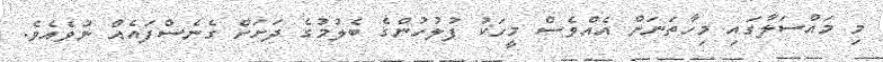
މި މައްސަލާގައި މިހާތަނަށް އެއްވެސް މީހަކު ފުލުހުންގެ ބެލުމުގެ ދަށަށް ގެނެސްފައެއް ނުވެއެވެ.